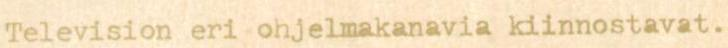
Television eri ohjelmakanavia kiinnostavat.